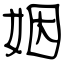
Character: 姻